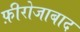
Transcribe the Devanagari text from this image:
फ़ीरोजाबाद